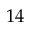
1 4